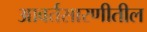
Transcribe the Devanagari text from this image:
आवर्तसारणीतील